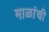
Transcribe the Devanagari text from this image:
माळांची